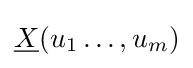
{\underline {X}}(u_{1}\ldots ,u_{m})